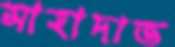
সাহাদাত